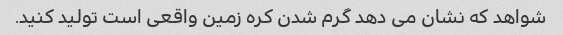
شواهد که نشان می دهد گرم شدن کره زمین واقعی است تولید کنید.